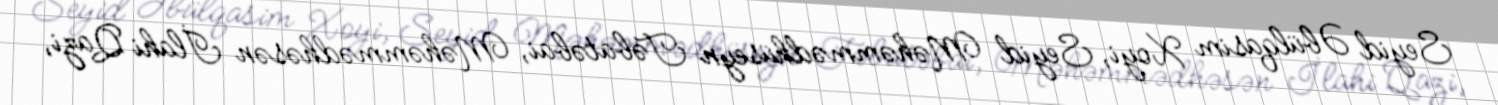
Seyid Əbülqasim Xoyi, Seyid Məhəmmədhüseyn Təbatəbai, Məhəmmədhəsən İlahi Qazi,